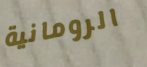
الرومانية